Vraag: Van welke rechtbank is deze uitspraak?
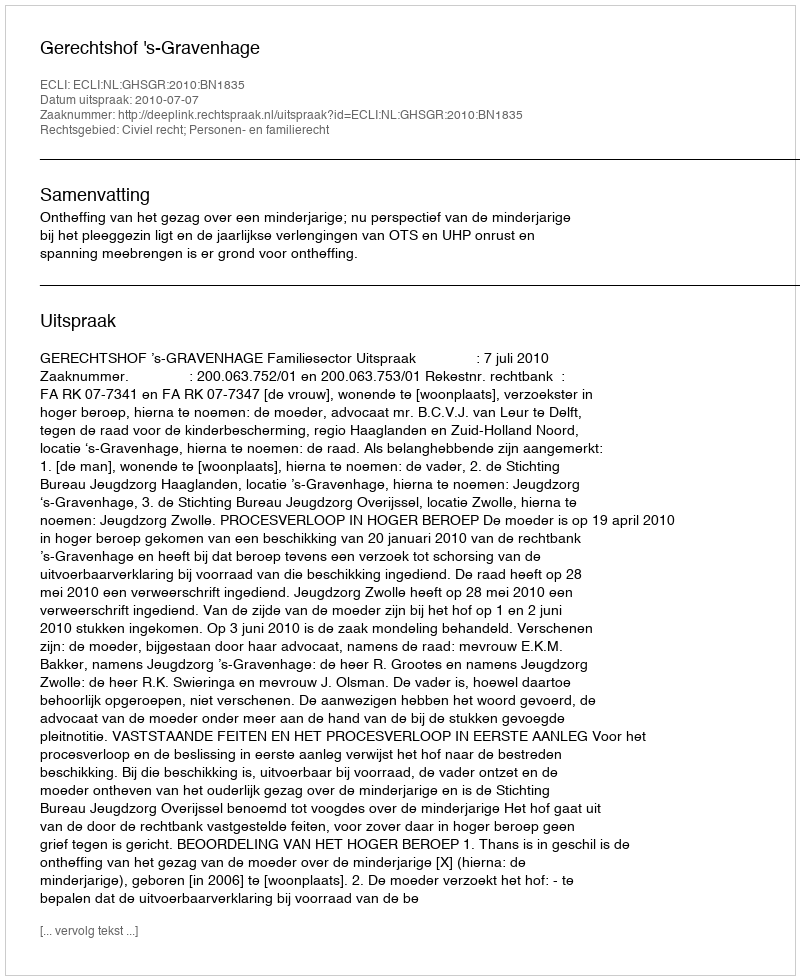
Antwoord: Gerechtshof 's-Gravenhage